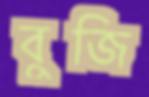
বুজি